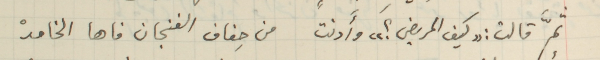
ثمَّ قالت: "كيف المريض؟" وأَدنت من حِفاف الفنجان فاها الخامدْ